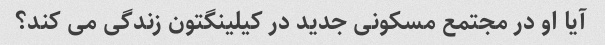
آیا او در مجتمع مسکونی جدید در کیلینگتون زندگی می کند؟